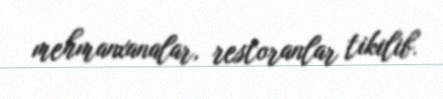
mehmanxanalar, restoranlar tikilib.